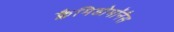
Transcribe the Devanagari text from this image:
क्लैमिडोमॉनैस